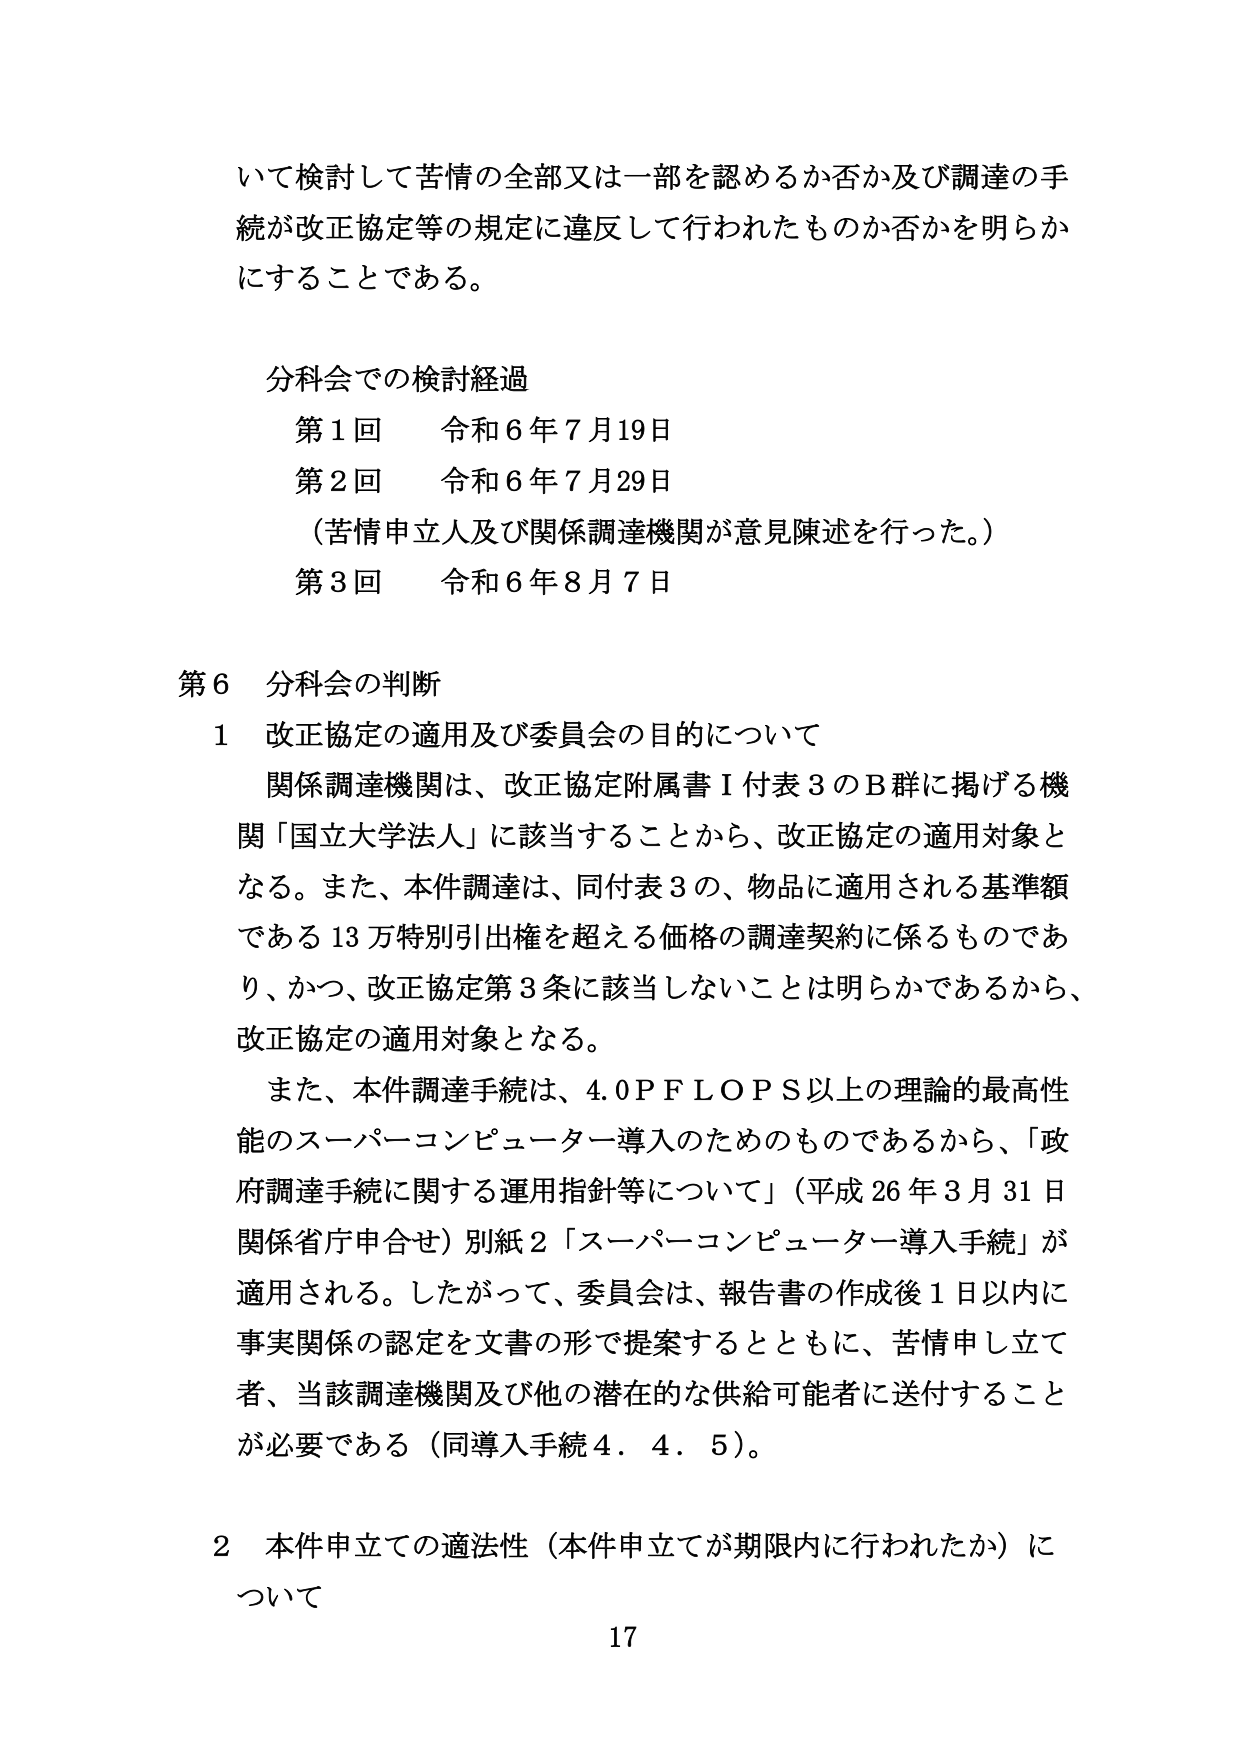
いて検討して苦情の全部又は一部を認めるか否か及び調達の手
続が改正協定等の規定に違反して行われたものか否かを明らか
にすることである。

分科会での検討経過
第1回 令和6年7月19日
第2回 令和6年7月29日
（苦情申立人及び関係調達機関が意見陳述を行った。）
第3回 令和6年8月7日

第6 分科会の判断
1 改正協定の適用及び委員会の目的について
関係調達機関は、改正協定附属書Ⅰ付表3のB群に掲げる機
関「国立大学法人」に該当することから、改正協定の適用対象と
なる。また、本件調達は、同付表3の、物品に適用される基準額
である13万特別引出権を超える価格の調達契約に係るものであ
り、かつ、改正協定第3条に該当しないことは明らかであるから、
改正協定の適用対象となる。
また、本件調達手続は、4.0PFLOPS以上の理論的最高性
能のスーパーコンピューター導入のためのものであるから、「政
府調達手続に関する運用指針等について」（平成26年3月31日
関係省庁申合せ）別紙2「スーパーコンピューター導入手続」が
適用される。したがって、委員会は、報告書の作成後1日以内に
事実関係の認定を文書の形で提案するとともに、苦情申し立て
者、当該調達機関及び他の潜在的な供給可能者に送付すること
が必要である（同導入手続4．4．5）。

2 本件申立ての適法性（本件申立てが期限内に行われたか）に
ついて
17